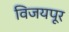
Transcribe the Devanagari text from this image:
विजयपूर